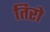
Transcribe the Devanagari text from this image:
तिरो